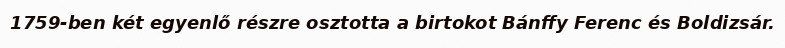
1759-ben két egyenlő részre osztotta a birtokot Bánffy Ferenc és Boldizsár.